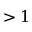
> 1